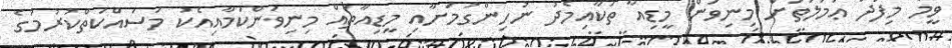
ވީމާ މިފަދަ ޢަމަލުތަށް މިނިވަން މީޑިއާ ތަކާއިމެދު ނުހިންގުމަށާއި މީޑިއާތައް މިނިވަންކަމާއިއެކު މަސައްކަތްކުރުމުގެ